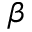
\beta